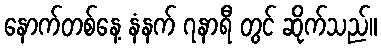
နောက်တစ်နေ့ နံနက် ၇နာရီ တွင် ဆိုက်သည်။